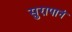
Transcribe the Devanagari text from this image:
सुरापानं